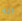
انه